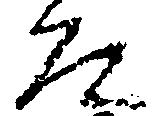
殿